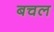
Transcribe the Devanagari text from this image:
बचल